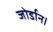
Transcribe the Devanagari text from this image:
जोर्डान।